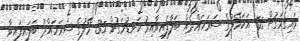
ވައިގެމަގުން 65 އަކަމޭލުގެ ސަރަހައްދެއް ބަލާފައިވާއިރު ކަނޑުމަގުން 35 މޭލުގެ ސަރަހައްދު ބަލައިފައިވާ